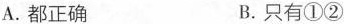
A.都正确 B.只有①②